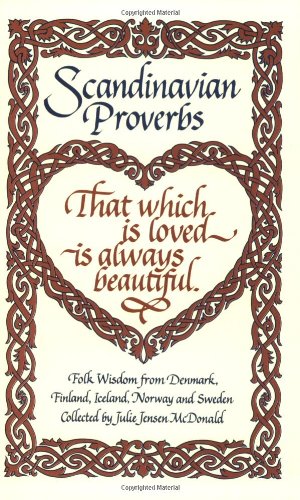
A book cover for Scandinavian Proverbs; Biographies & Memoirs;